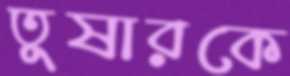
তুষারকে